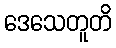
ဒေသေတူတိ